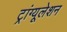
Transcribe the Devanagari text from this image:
ट्रांग्यूलेशन